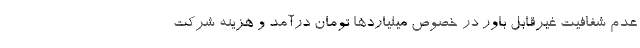
عدم شفافیت غیرقابل باور در خصوص میلیاردها تومان درآمد و هزینه شرکت